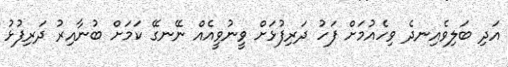
އަދި ބަލިވެއިނދެ ވިހެއުމަށް ފަހު ދަރިފުޅަށް ވީނުވީއެއް ނޭނގޭ ކަމަށް ބުނާއިރު ދަރިފުޅު